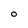
Character: O